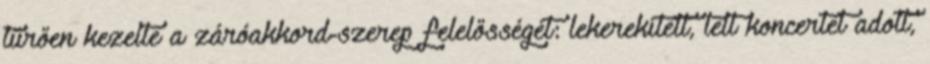
tűrően kezelte a záróakkord-szerep felelősségét: lekerekített, telt koncertet adott,